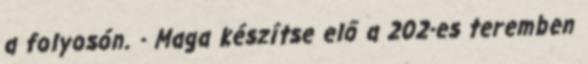
a folyosón. - Maga készítse elő a 202-es teremben